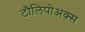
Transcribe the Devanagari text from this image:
टौलिपोअक्स